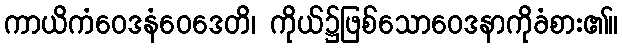
ကာယိကံဝေဒနံဝေဒေတိ၊ ကိုယ်၌ဖြစ်သောဝေဒနာကိုခံစား၏။